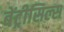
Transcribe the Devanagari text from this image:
बेंट्रीसिल्स